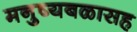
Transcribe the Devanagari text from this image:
मनुष्यबळासह